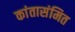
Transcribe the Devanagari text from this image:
कांतासंमित